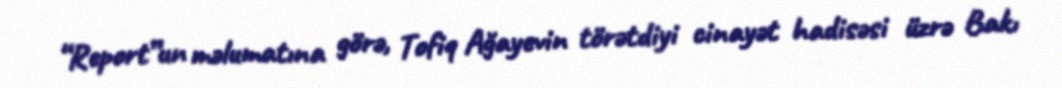
“Report”un məlumatına görə, Tofiq Ağayevin törətdiyi cinayət hadisəsi üzrə Bakı